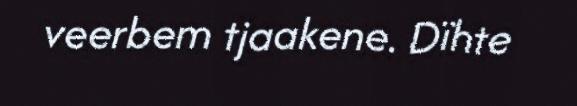
veerbem tjaakene. Dïhte